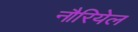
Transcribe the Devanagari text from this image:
नौरियेल